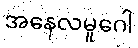
အနေလမူဂေါ